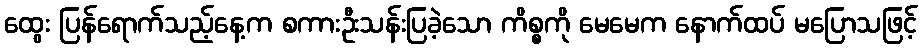
ထွေး ပြန်ရောက်သည့်နေ့က စကားဦးသန်းပြခဲ့သော ကိစ္စကို မေမေက နောက်ထပ် မပြောသဖြင့်